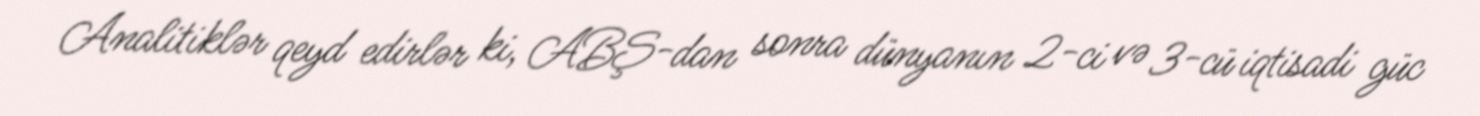
Analitiklər qeyd edirlər ki, ABŞ-dan sonra dünyanın 2-ci və 3-cü iqtisadi güc